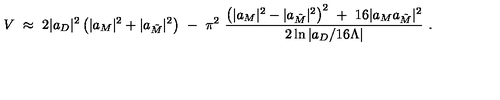
V \ \approx \ 2 | a _ { D } | ^ { 2 } \left( | a _ { M } | ^ { 2 } + | a _ { \tilde { M } } | ^ { 2 } \right) \ - \ \pi ^ { 2 } \ { \frac { \left( | a _ { M } | ^ { 2 } - | a _ { \tilde { M } } | ^ { 2 } \right) ^ { 2 } \ + \ 1 6 | a _ { M } a _ { \tilde { M } } | ^ { 2 } } { 2 \ln { | a _ { D } / 1 6 \Lambda | } } } \ .